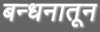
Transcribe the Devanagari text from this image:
बन्धनातून